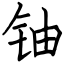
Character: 铀